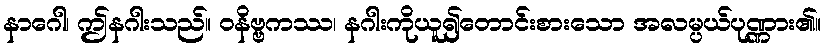
နာဂေါ၊ ဤနဂါးသည်။ ဝနိဗ္ဗကဿ၊ နဂါးကိုယူ၍တောင်းစားသော အလမ္ပယ်ပုဏ္ဏား၏။